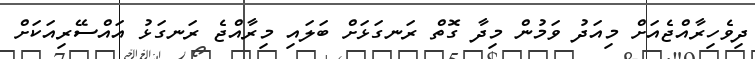
ދިވެހިރާއްޖެއަށް މިއަދު ވަމުން މިދާ ގޮތް ރަނގަޅަށް ބަލައި މިރާއްޖެ ރަނގަޅު އައްސޭރިއަކަށް